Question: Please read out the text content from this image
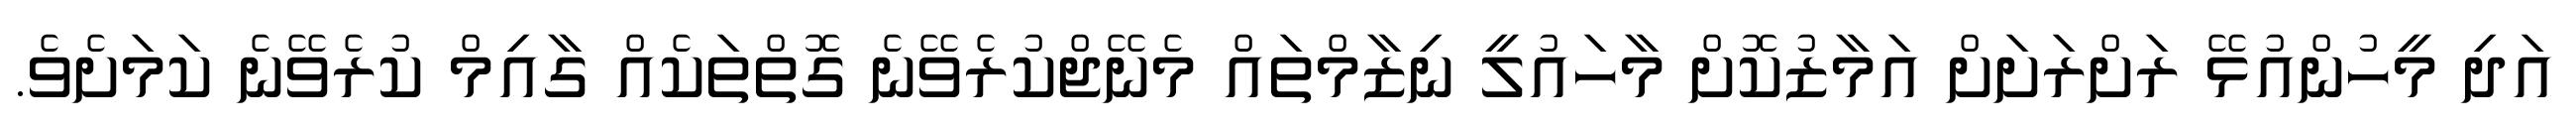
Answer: އަދި މީހުންއުޅޭ ރަށްރަށަށް އަމާޒުކޮށް މާހައުލީ ނިޒާމްތައް މެނޭޖްކުރެވޭނެ ގޮތްތަކެއް ގާއިމް ކުރެވޭނެ ކަމަށެވެ.